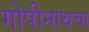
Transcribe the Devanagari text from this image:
गोपीनाथचा